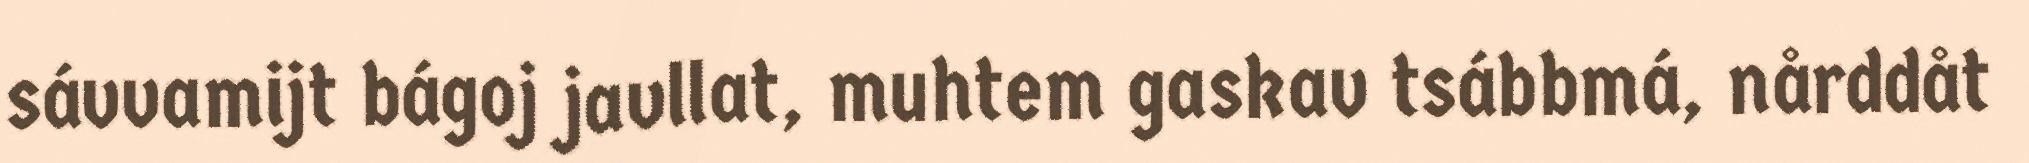
sávvamijt bágoj javllat, muhtem gaskav tsábbmá, nårddåt